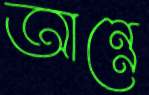
আন্নে